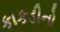
કાકડીનો